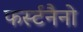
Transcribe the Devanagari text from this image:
फर्स्टनैनो